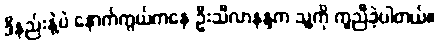
ဒီနည်းနဲ့ပဲ နောက်ကွယ်ကနေ ဦးသီလာနန္ဒက သူ့ကို ကူညီခဲ့ပါတယ်။